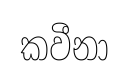
කවීනා